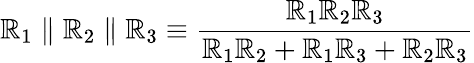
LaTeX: \mathbb{R}_{1}\parallel\mathbb{R}_{2}\parallel\mathbb{R}_{3}\equiv{\frac{{\mathbb{R}_{1}\mathbb{R}_{2}\mathbb{R}_{3}}}{{\mathbb{R}_{1}\mathbb{R}_{2}+\mathbb{R}_{1}\mathbb{R}_{3}+\mathbb{R}_{2}\mathbb{R}_{3}}}}